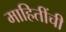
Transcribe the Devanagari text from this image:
माहितींची